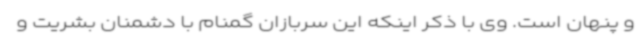
و پنهان است. وی با ذکر اینکه این سربازان گمنام با دشمنان بشریت و